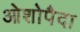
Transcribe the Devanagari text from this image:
ओशोपैदा